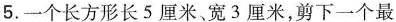
5.一个长方形长5厘米宽3厘米，剪下一个最